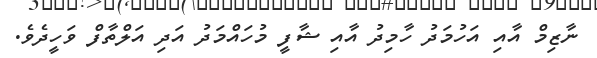
ނާޒިމް އާއި އަހުމަދު ހާމިދު އާއި ޝާފީ މުހައްމަދު އަދި އަލްތާފް ވަހީދެވެ.